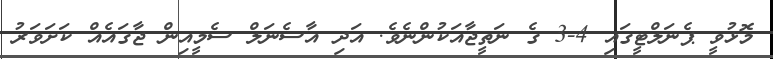
މޮޅުވީ ޕެނަލްޓީގައި 4-3 ގެ ނަތީޖާއަކުންނެވެ. އަދި އާސެނަލް ސެމީއިން ޖާގައެއް ކަށަވަރު